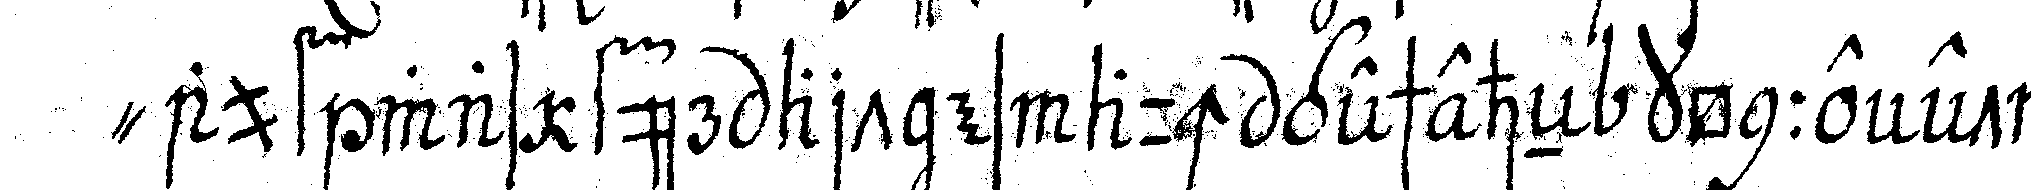
" auf was für art es auch gescheheN könne etwas